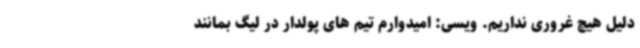
دلیل هیچ غروری نداریم. ویسی: امیدوارم تیم های پولدار در لیگ بمانند